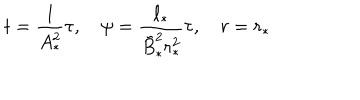
t = { \frac { 1 } { A _ { * } ^ { 2 } } } \tau , \quad \psi = { \frac { \ell _ { * } } { \tilde { B } _ { * } ^ { 2 } r _ { * } ^ { 2 } } } \tau , \quad r = r _ { * }